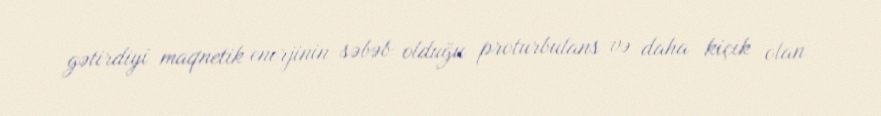
gətirdiyi maqnetik enerjinin səbəb olduğu proturbulans və daha kiçik olan